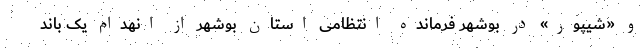
و «شیپور» در بوشهر فرمانده انتظامی استان بوشهر از انهدام یک باند